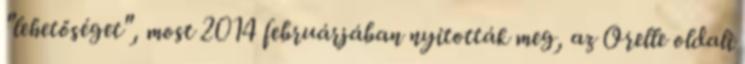
"lehetőséget", most 2014 februárjában nyitották meg, az Orelle oldali